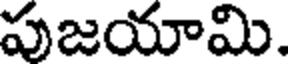
పుజయామి.